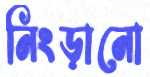
নিংড়ানো